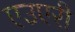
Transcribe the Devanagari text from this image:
एउएरी